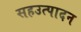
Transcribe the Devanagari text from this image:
सहउत्पादन